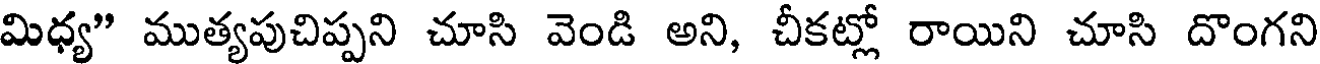
మిధ్య" ముత్యపుచిప్పని చూసి వెండి అని, చీకట్లో రాయిని చూసి దొంగని